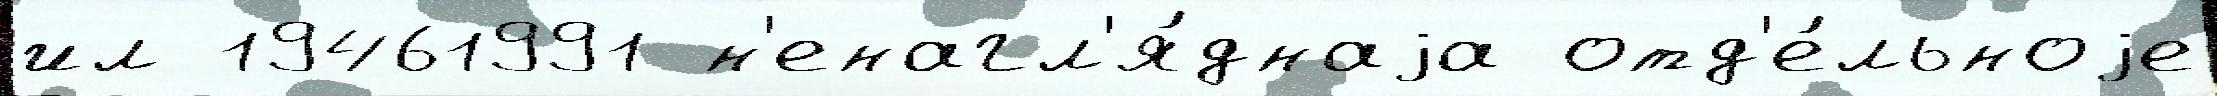
ил 19461991 н'енагл'я́днаjа отд'е́льноjе